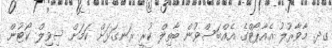
ގދ. މާވާރުލު އެއާޕޯޓްގެ އެއްބަސްވުން ބާތިލް ކުރީ ރަނގަޅަށް ކަމަށް ސިވިލް ކޯޓުން